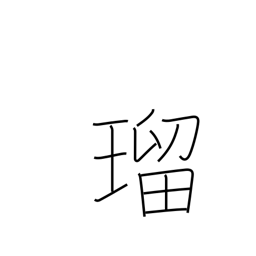
Meaning: lapis lazuli